Indian journal of veterinary science and animal husbandry - Volume 1,
Year: 1931
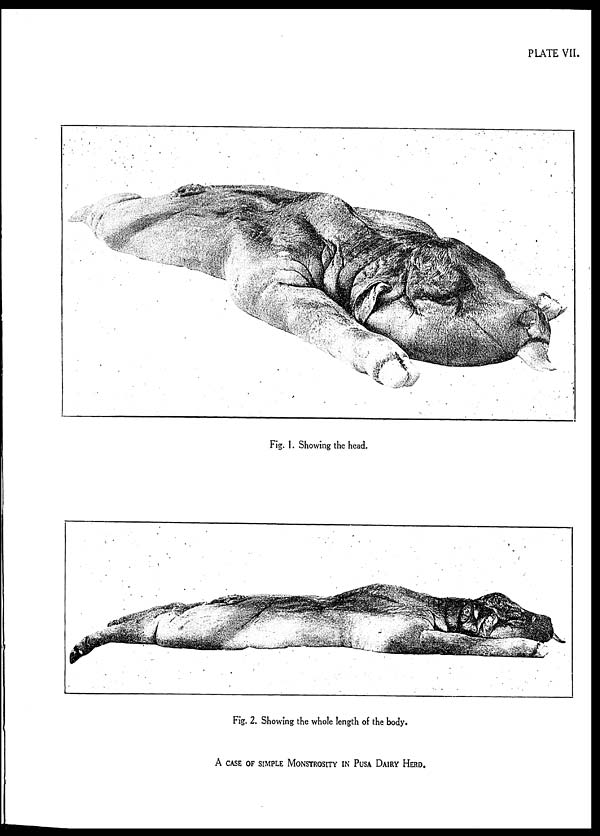
PLATE VII.
Fig. 1. Showing the head.
Fig. 2. Showing the whole length of the body.
A CASE OF SIMPLE MONSTROSITY IN PUSA DAIRY HERD.